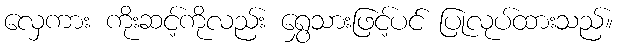
လှေကား ကိုးဆင့်ကိုလည်း ရွှေသားဖြင့်ပင် ပြုလုပ်ထားသည်။